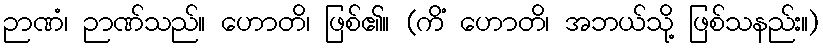
ဉာဏံ၊ ဉာဏ်သည်။ ဟောတိ၊ ဖြစ်၏။ (ကိံ ဟောတိ၊ အဘယ်သို့ ဖြစ်သနည်း။)